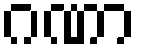
ဂဏာ